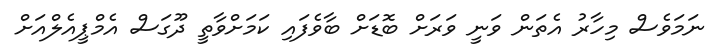
ނަމަވެސް މިހާރު އެތަން ވަނީ ވަރަށް ބޮޑަށް ބާވެފައި ކަމަށްވާތީ ދޫގަސް އެމްޕީއެލްއަށް